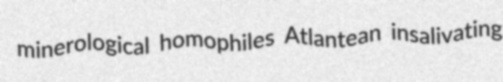
minerological homophiles Atlantean insalivating